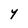
Character: Y